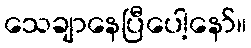
သေချာနေပြီပေါ့နော်။